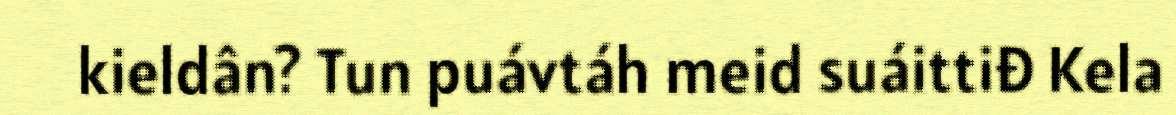
kieldân? Tun puávtáh meid suáittiđ Kela